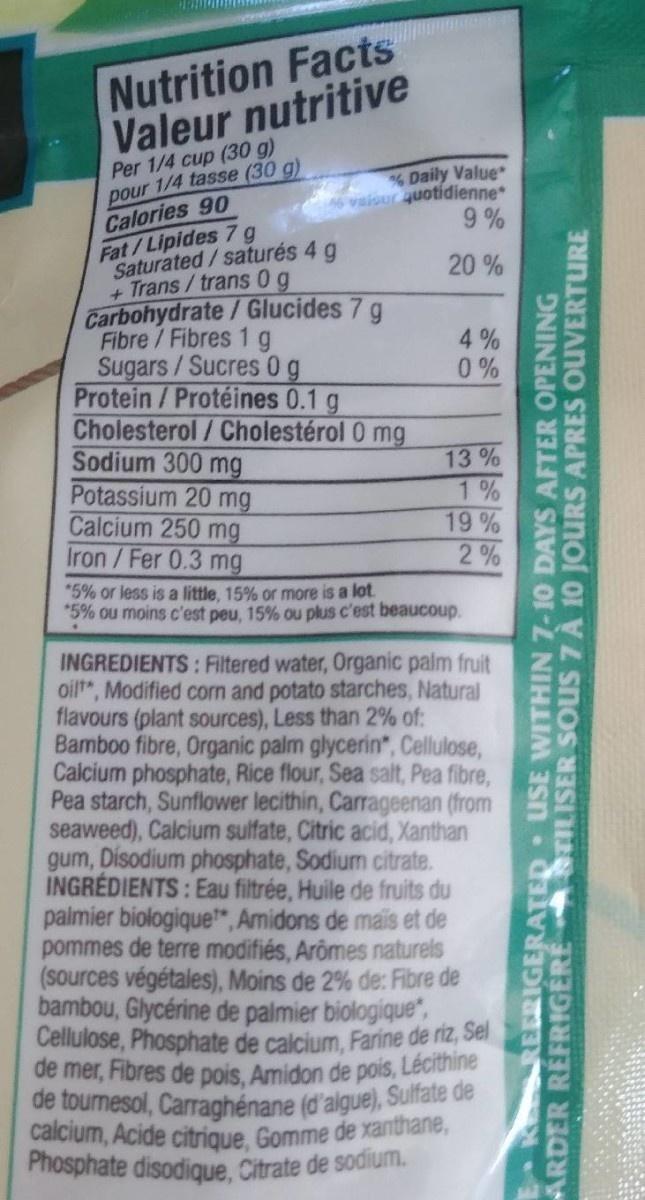
Nutrition Facts Valeur nutritive
Per 1/4 cup (30 g) pour 1/4 tasse (30 g)
% Daily Value 6 vaisur quotidienne 9 %
Calories 90 Fat/Lipides 7g Saturated/saturés 4 g + Trans/trans 0 g
20 %
Carbohydrate/Glucides 7 g Fibre / Fibres 1 g Sugars/Sucres 0g Protein /Protéines 0.1 g
4% 0%
Cholesterol/Cholestérol 0 mg Sodium 300 mg
Potassium 20 mg Calcium 250 mg Iron/Fer 0.3 mg
13% 1% 19 % 2%
*5% or less is a little, 15% or more is a lot. *5% ou moins c'est peu, 15% ou plus c'est beaucoup.
INGREDIENTS: Filtered water, Organic palm fruit oilt", Modified corn and potato starches, Natural flavours (plant sources), Less than 2% of: Bamboo fibre, Organic palm glycerin", Cellulose, Calcium phosphate, Rice flour, Sea salt, Pea fibre, Pea starch, Sunflower lecithin, Carrageenan (from seaweed), Calcium sulfate, Citric acid, Xanthan gum, Disodium phosphate, Sodium citrate. INGRÉDIENTS : Eau filtrée, Huile de fruits du paimier biologique*, Amidons de mais et de pommes de terre modifiés, Arômes naturels (sources végétales), Moins de 2% de: Fibre de bambou, Glycérine de palmier biologique, Cellulose, Phosphate de calcium, Farine de riz, Sel de mer, Fibres de pois, Amidon de pois, Lécithine de tournesol, Carraghénane (d'algue), Sulfate de calcium, Acide citrique, Gomme de xanthane, Phosphate disodique, Citrate de sodium.
REERIGERATED USE WITHIN 7-10 DAYS AFTER OPENING ARDER REFRIGERE TILISER SOUS 7À 10 JOURS APRES OUVERTURE